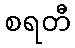
စရတီ